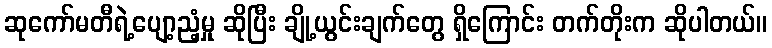
ဆုကော်မတီရဲ့ပျော့ညံ့မှု ဆိုပြီး ချို့ယွင်းချက်တွေ ရှိကြောင်း တက်တိုးက ဆိုပါတယ်။